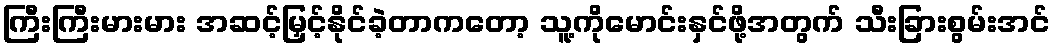
ကြီးကြီးမားမား အဆင့်မြှင့်နိုင်ခဲ့တာကတော့ သူ့ကိုမောင်းနှင်ဖို့အတွက် သီးခြားစွမ်းအင်